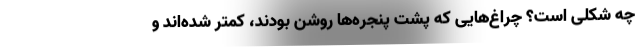
چه شکلی است؟ چراغ‌هایی که پشت پنجره‌ها روشن بودند، کمتر شده‌اند و